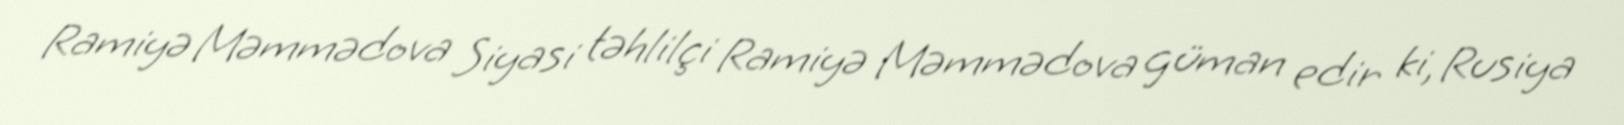
Ramiyə Məmmədova Siyasi təhlilçi Ramiyə Məmmədova güman edir ki, Rusiya